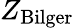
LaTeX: Z_{\mathrm{Bilger}}